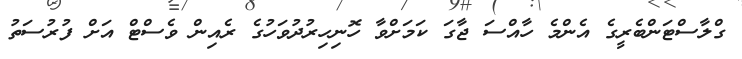
ގްލާސްޓަންބެރީގެ އެންމެ ހާއްސަ ޖާގަ ކަމަށްވާ ހޮނިހިރުދުވަހުގެ ރެއިން ވެސްޓް އަށް ފުރުސަތު